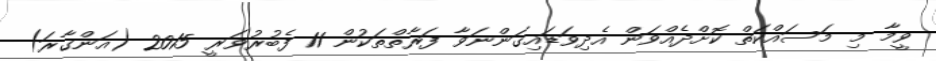
ވީމާ މި މަސައްކަތް ކޮށްދެއްވަން އެދިވަޑައިގަންނަވާ ފަރާތްތަކުން 11 ފެބުރުވަރީ 2015 (އަންގާރަ)